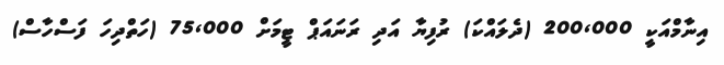
އިނާމްއަކީ 200